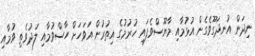
ނިދަން އުނދަގޫވެގެން އުޅުމާއި މާޔޫސްވެފައި ހުރުމުގެ އިތުރުން އަވަހަށް ހާސްވުމާއި ލަދުވެތި ވުމާއި